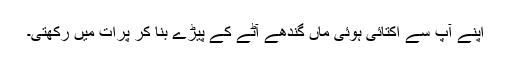
اپنے آپ سے اکتائی ہوئی ماں گندھے آٹے کے پیڑے بنا کر پرات میں رکھتی۔